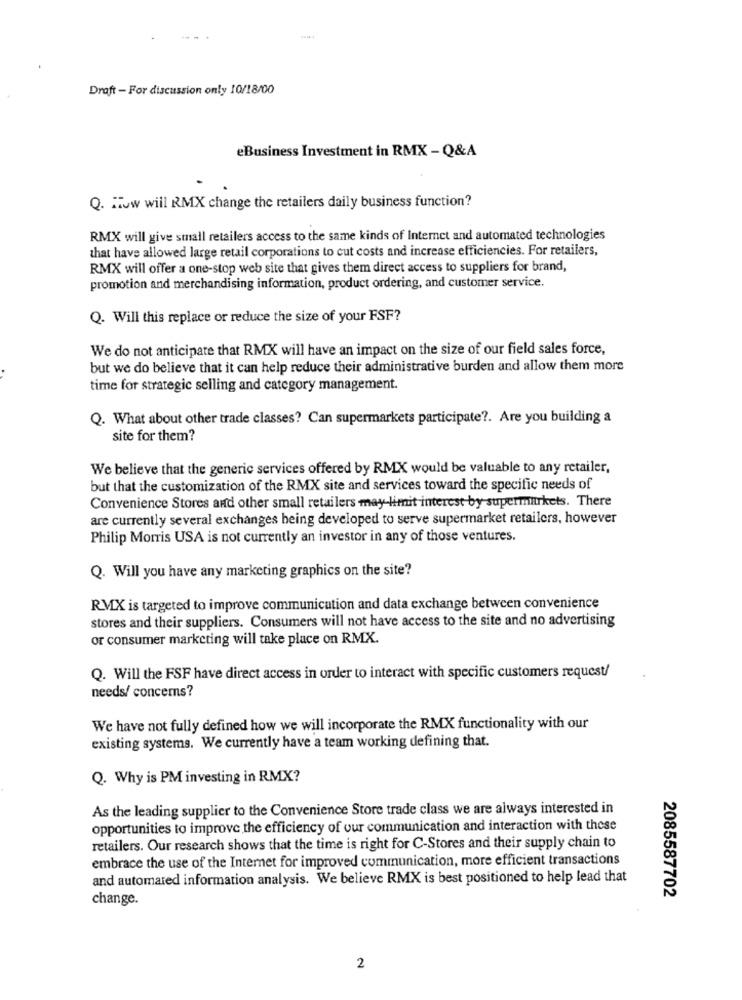
Draft - For discussion only 10/18/00
eBusiness Investment in RMX - Q&A
Q. How will RMX change the retailers daily business function?
RMX will give small retailers access to the same kinds of Internet and automated technologies
that have allowed large retail corporations to cut costs and increase efficiencies. For retailers,
RMX will offer a one-stop web site that gives them direct access to suppliers for brand,
promotion and merchandising information, product ordering, and customer service.
Q. Will this replace or reduce the size of your FSF?
We do not anticipate that RMX will have an impact on the size of our field sales force,
but we do believe that it can help reduce their administrative burden and allow them more
time for strategic selling and category management.
Q. What about other trade classes? Can supermarkets participate ?. Are you building a
site for them?
We believe that the generic services offered by RMX would be valuable to any retailer,
but that the customization of the RMX site and services toward the specific needs of
Convenience Stores and other small retailers may-limit interest by supermarkets. There
are currently several exchanges being developed to serve supermarket retailers, however
Philip Morris USA is not currently an investor in any of those ventures.
Q. Will you have any marketing graphics on the site?
RMX is targeted to improve communication and data exchange between convenience
stores and their suppliers. Consumers will not have access to the site and no advertising
or consumer marketing will take place on RMX.
Q. Will the FSF have direct access in order to interact with specific customers request/
needs/ concerns?
We have not fully defined how we will incorporate the RMX functionality with our
existing systems. We currently have a team working defining that.
Q. Why is PM investing in RMX?
As the leading supplier to the Convenience Store trade class we are always interested in
opportunities to improve the efficiency of our communication and interaction with these
retailers. Our research shows that the time is right for C-Stores and their supply chain to
embrace the use of the Internet for improved communication, more efficient transactions
and automated information analysis. We believe RMX is best positioned to help lead that
2085587702
change.
2